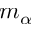
m _ { \alpha }